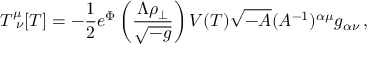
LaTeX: T _ { \ \nu } ^ { \mu } [ T ] = - { \frac { 1 } { 2 } } e ^ { \Phi } \left( { \frac { \Lambda \rho _ { \perp } } { \sqrt { - g } } } \right) V ( T ) \sqrt { - A } ( A ^ { - 1 } ) ^ { \alpha \mu } g _ { \alpha \nu } \, ,